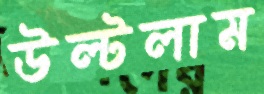
উল্‌টলাম